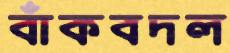
বাঁকবদল